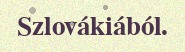
Szlovákiából.